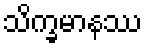
သိက္ခမာနဿ